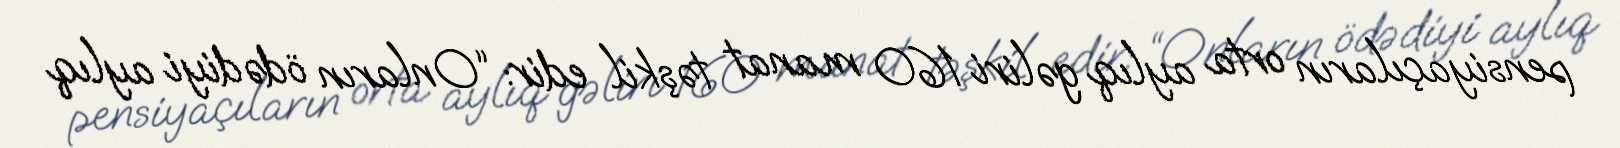
pensiyaçıların orta aylıq gəliri 160 manat təşkil edir: “Onların ödədiyi aylıq